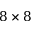
8 \times 8